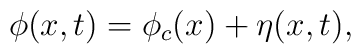
\phi(x,t) = \phi_c(x) + \eta (x,t),